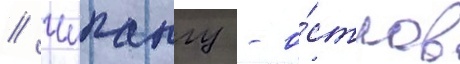
// Чипангу - о́стров